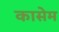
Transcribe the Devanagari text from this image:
कासेम